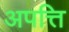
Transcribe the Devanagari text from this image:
अपत्ति